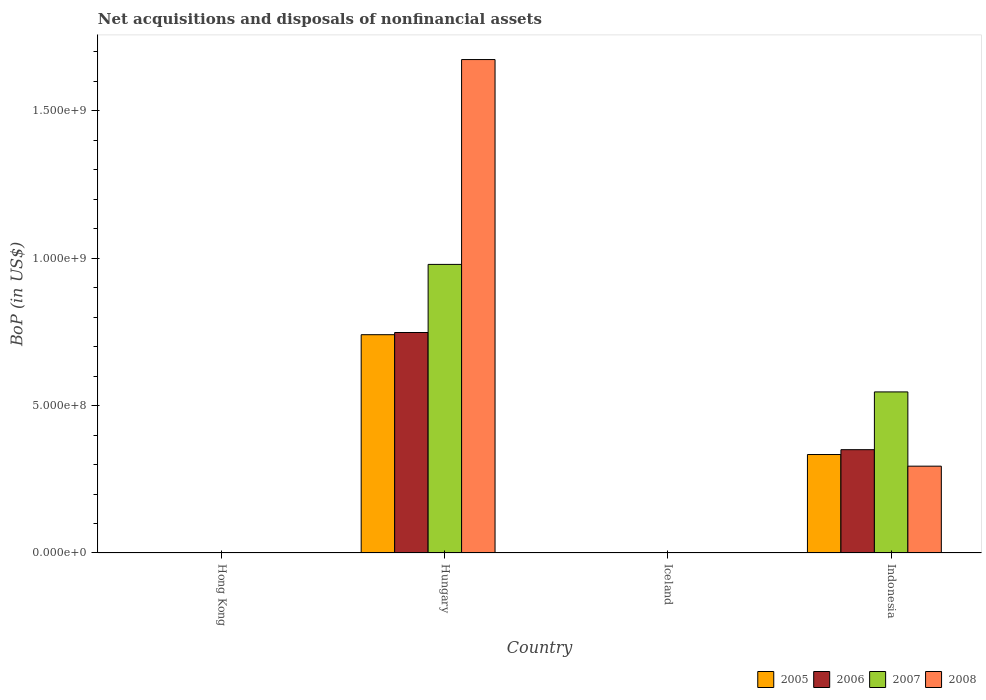
| Country | 2005 | 2006 | 2007 | 2008 |
 | --- | --- | --- | --- | --- |
 | Hong Kong | -7.45e+07 | -9.85e+07 | -8.71e+07 | -2.52e+08 |
 | Hungary | 7.4e+08 | 7.48e+08 | 9.79e+08 | 1.67e+09 |
 | Iceland | -6.46e+06 | -7.3e+06 | -1.4e+07 | -1.16e+07 |
 | Indonesia | 3.34e+08 | 3.5e+08 | 5.46e+08 | 2.94e+08 |